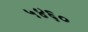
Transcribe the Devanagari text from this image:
५४६०